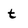
Character: t